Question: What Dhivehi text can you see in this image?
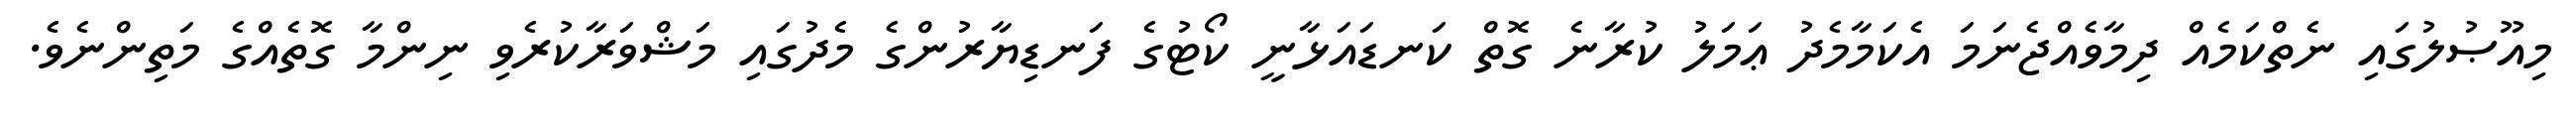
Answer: މިއޫޞުލުގައި ނެތްކަމެއް ދިމާވެއްޖެނަމަ އެކަމާމެދު ޢަމަލު ކުރާނެ ގޮތް ކަނޑައަޅާނީ ކޯޓުގެ ފަނޑިޔާރުންގެ މެދުގައި މަޝްވަރާކުރެވި ނިންމާ ގޮތެއްގެ މަތިންނެވެ.